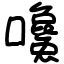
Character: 嚵